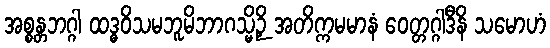
အစ္စန္တဘဂ္ဂါ ထဒ္ဓဝိသမဘူမိဘာဂသ္မိဉှိ အတိက္ကမမာနံ ဝေတ္တဂ္ဂါဒီနိ သမောဟံ